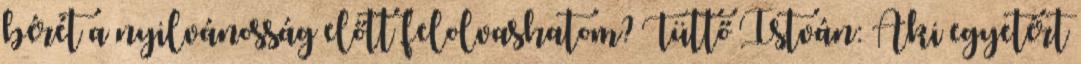
bérét a nyilvánosság előtt felolvashatom? Tüttő István: Aki egyetért